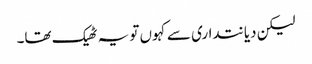
لیکن دیانتداری سے کہوں تو یہ ٹھیک تھا۔